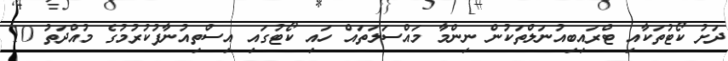
ދަށު ކޯޓުތަކާއި ޓްރައިބިއުނަލްތަކުން ނިންމާ މައްސަލަތައް ހައި ކޯޓުގައި އިސްތިއުނާފުކުރުމުގެ މުއްދަތު 10